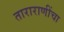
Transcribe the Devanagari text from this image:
ताराराणींचा